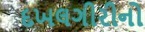
દખલગીરીનો